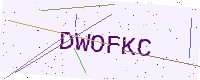
Text: DWOFKC